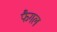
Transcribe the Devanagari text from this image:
फैगल